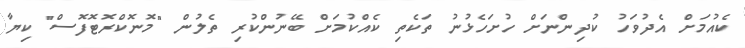
ކެއުމަށް އެދުވަހު ކުދިންނަށް ހުށަހެޅުނު ތަކެތި ކެއްކުމަށް ބޭނުންކުރި ތެލުން "މޮނޮކްރޮޓޮފޮސް" ކިޔާ